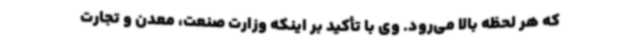
که هر لحظه بالا می‌رود. وی با تأکید بر اینکه وزارت صنعت، معدن و تجارت